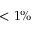
< 1 \%